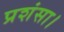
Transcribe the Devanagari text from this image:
प्रशंसा।